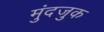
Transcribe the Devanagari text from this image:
मुंदजुक